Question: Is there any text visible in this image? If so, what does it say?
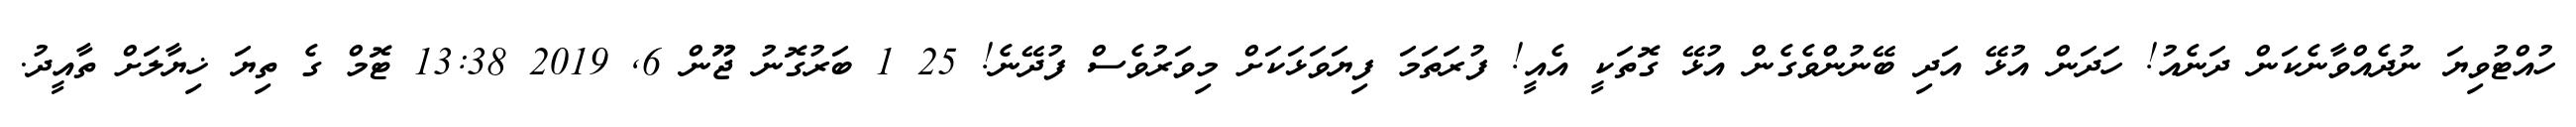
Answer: ހުއްޓުވިޔަ ނުދެއްވާނެކަން ދަނެއު! ހަދަން އުޅޭ އަދި ބޭނުންވެގެން އުޅޭ ގޮތަކީ އެއީ! ފުރަތަމަ ފިޔަވަޅަކަށް މިވަރުވެސް ފުދޭނެ! 25 1 ބަރުގޮނު ޖޫން 6, 2019 13:38 ޓޮމް ގެ ތިޔަ ޚިޔާލަށް ތާއީދު.